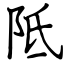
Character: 阺